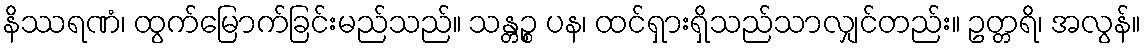
နိဿရဏံ၊ ထွက်မြောက်ခြင်းမည်သည်။ သန္တဉ္စ ပန၊ ထင်ရှားရှိသည်သာလျှင်တည်း။ ဥတ္တရိ၊ အလွန်။